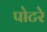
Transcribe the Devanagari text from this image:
पोटरे